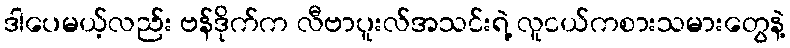
ဒါပေမယ့်လည်း ဗန်ဒိုက်က လီဗာပူးလ်အသင်းရဲ့ လူငယ်ကစားသမားတွေနဲ့